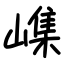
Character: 㠎